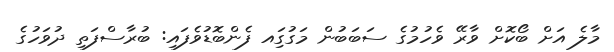
މާލެ އަށް ބޯކޮށް ވާރޭ ވެހުމުގެ ސަބަބުން މަގުގަިއ ފެންބޮޑުވެފައި: ބުރާސްފަތި ދުވަހުގެ